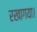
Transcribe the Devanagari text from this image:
रखागया।